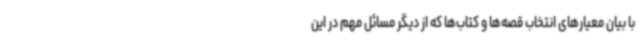
با بیان معیارهای انتخاب قصه‌ها و کتاب‌ها که از دیگر مسائل مهم در این